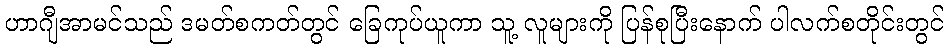
ဟာဂျီအာမင်သည် ဒမတ်စကတ်တွင် ခြေကုပ်ယူကာ သူ့ လူများကို ပြန်စုပြီးနောက် ပါလက်စတိုင်းတွင်